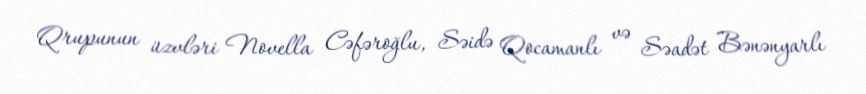
Qrupunun üzvləri Novella Cəfəroğlu, Səidə Qocamanlı və Səadət Bənənyarlı